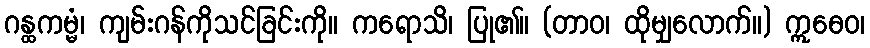
ဂန္ထကမ္မံ၊ ကျမ်းဂန်ကိုသင်ခြင်းကို။ ကရောသိ၊ ပြု၏။ (တာဝ၊ ထိုမျှလောက်။) ဣဓေဝ၊